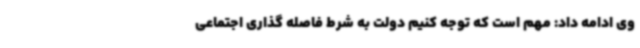
وی ادامه داد: مهم است که توجه کنیم دولت به شرط فاصله گذاری اجتماعی